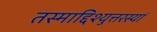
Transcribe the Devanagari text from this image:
तस्माद्दिश्युत्तरस्यां